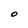
Character: O